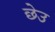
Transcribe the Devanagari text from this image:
छेउ